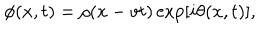
LaTeX: \phi ( x , t ) = \rho ( x - v t ) \exp [ i \theta ( x , t ) ] ,